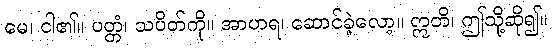
မေ၊ ငါ၏။ ပတ္တံ၊ သပိတ်ကို။ အာဟရ၊ ဆောင်ခဲ့လော့။ ဣတိ၊ ဤသို့ဆို၍။